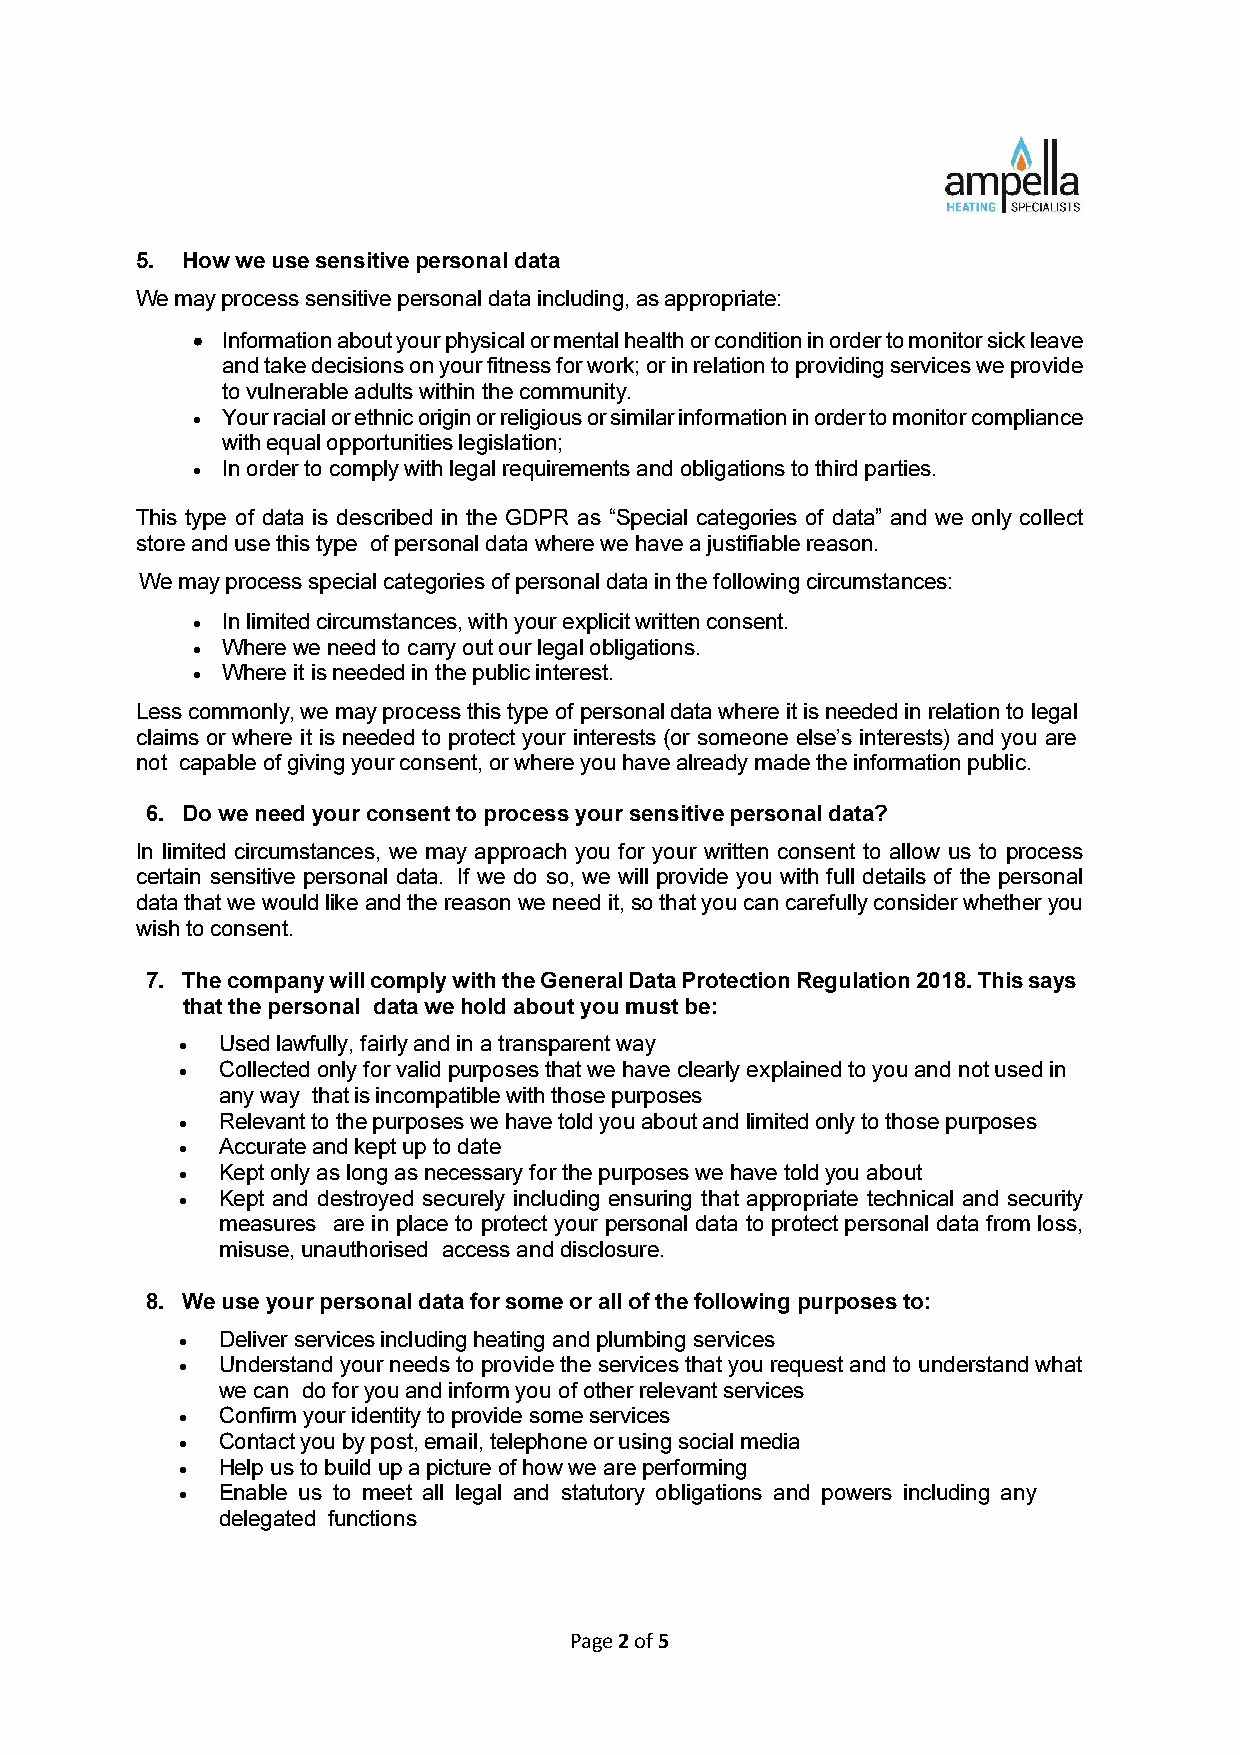
5. How we use sensitive personal data
 We may process sensitive personal data including, as appropriate:
 • Information about your physical or mental health or condition in order to monitor sick leave
 and take decisions on your fitness for work; or in relation to providing services we provide
 to vulnerable adults within the community.
 • Your racial or ethnic origin or religious or similar information in order to monitor compliance
 with equal opportunities legislation;
 • In order to comply with legal requirements and obligations to third parties.
 This type of data is described in the GDPR as “Special categories of data” and we only collect
 store and use this type of personal data where we have a justifiable reason.
 We may process special categories of personal data in the following circumstances:
 • In limited circumstances, with your explicit written consent.
 • Where we need to carry out our legal obligations.
 • Where it is needed in the public interest.
 Less commonly, we may process this type of personal data where it is needed in relation to legal
 claims or where it is needed to protect your interests (or someone else’s interests) and you are
 not capable of giving your consent, or where you have already made the information public.
 6. Do we need your consent to process your sensitive personal data?
 In limited circumstances, we may approach you for your written consent to allow us to process
 certain sensitive personal data. If we do so, we will provide you with full details of the personal
 data that we would like and the reason we need it, so that you can carefully consider whether you
 wish to consent.
 7. The company will comply with the General Data Protection Regulation 2018. This says
 that the personal data we hold about you must be:
 • Used lawfully, fairly and in a transparent way
 • Collected only for valid purposes that we have clearly explained to you and not used in
 any way that is incompatible with those purposes
 • Relevant to the purposes we have told you about and limited only to those purposes
 • Accurate and kept up to date
 • Kept only as long as necessary for the purposes we have told you about
 • Kept and destroyed securely including ensuring that appropriate technical and security
 measures are in place to protect your personal data to protect personal data from loss,
 misuse, unauthorised access and disclosure.
 8. We use your personal data for some or all of the following purposes to:
 • Deliver services including heating and plumbing services
 • Understand your needs to provide the services that you request and to understand what
 we can do for you and inform you of other relevant services
 • Confirm your identity to provide some services
 • Contact you by post, email, telephone or using social media
 • Help us to build up a picture of how we are performing
 • Enable us to meet all legal and statutory obligations and powers including any
 delegated functions
 Page 2 of 5